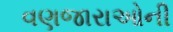
વણજારાઓની